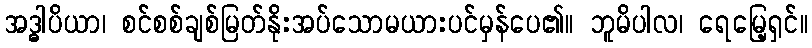
အဒ္ဓါပိယာ၊ စင်စစ်ချစ်မြတ်နိုးအပ်သောမယားပင်မှန်ပေ၏။ ဘူမိပါလ၊ ရေမြေ့ရှင်။